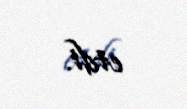
etdi.